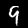
Label: 9